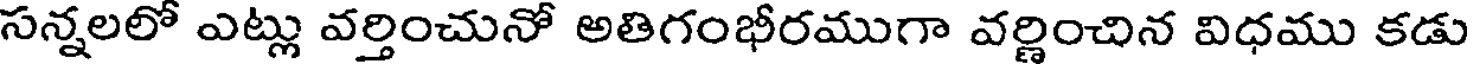
సన్నలలో ఎట్లు వర్తించునో అతిగంభీరముగా వర్ణించిన విధము కడు